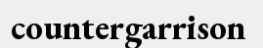
countergarrison